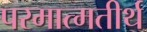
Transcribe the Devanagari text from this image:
परमात्मतीर्थ